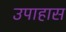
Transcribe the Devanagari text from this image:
उपाहास